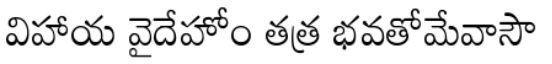
విహాయ వైదేహోం తత్ర భవతోమేవాసౌ